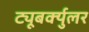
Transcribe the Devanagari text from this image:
ट्यूबर्क्युलर